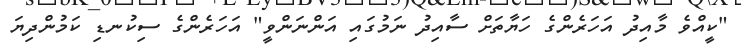
"ކީއްވެ މާއިދު އަހަރެންގެ ހަޔާތަށް ސާއިދު ނަމުގައި އަންނަންވީ" އަހަރެންގެ ސިކުނޑި ކަމުންދިޔަ